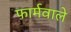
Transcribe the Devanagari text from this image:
फार्मवाले